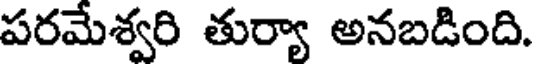
పరమేశ్వరి తుర్యా అనబడింది.